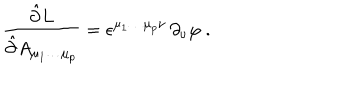
\frac { \hat { \partial } L } { \hat { \partial } A _ { \mu _ { 1 } \ldots \mu _ { p } } } = \epsilon ^ { \mu _ { 1 } \ldots \mu _ { p } \nu } \, \partial _ { \nu } \varphi \ .